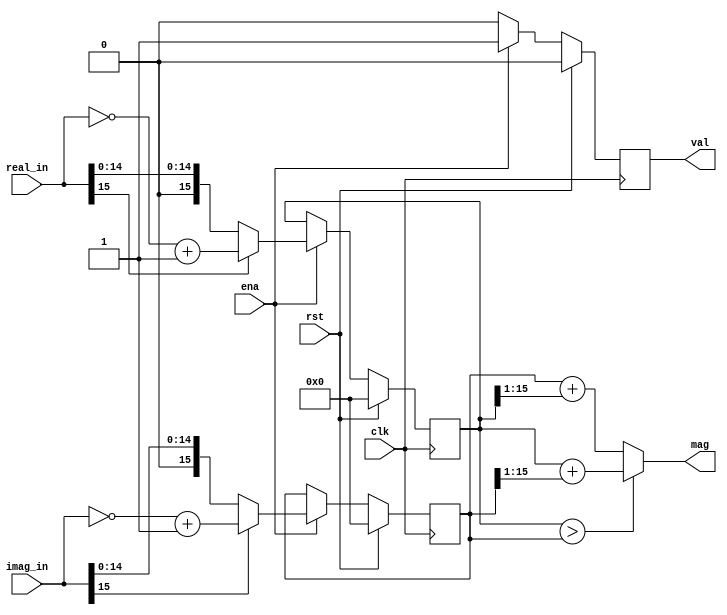
`timescale 1ns / 1ps
//////////////////////////////////////////////////////////////////////////////////
// Company: 
// Engineer: 
// 
// Design Name: 
// Module Name:    Appr_Mag 
// Project Name: 
// Target Devices: 
// Tool versions: 
// Description: 
//
// Dependencies: 
//
// Revision: 
// Revision 0.01 - File Created
// Additional Comments: 
//
//////////////////////////////////////////////////////////////////////////////////
module iCFO_Appr_Mag #(parameter WIDTH = 16)(
	input 						clk, rst, ena,
	input 	[WIDTH-1:0] 	real_in, imag_in,
	output	[WIDTH:0]		mag,
	output 						val
	
    );

reg	[WIDTH-1:0] real_abs, imag_abs;
reg	ena_abs;
always@(posedge clk)
begin	
	if(rst) begin
		ena_abs 	<= 1'b0;
		real_abs <= 0;
		imag_abs	<= 0;
		end
	else if(ena) begin
		ena_abs 	<= 1'b1;
		real_abs <= (real_in[WIDTH-1])? (~real_in + 1'b1): real_in;
		imag_abs	<= (imag_in[WIDTH-1])? (~imag_in + 1'b1): imag_in;
		end
	else ena_abs <= 1'b0;
end

assign	mag 	= (real_abs > imag_abs)? (real_abs + (imag_abs>>1)): (imag_abs + (real_abs>>1));
assign  	val	= ena_abs;


endmodule